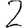
Digit: 2